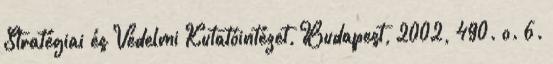
Stratégiai és Védelmi Kutatóintézet, Budapest, 2002, 490. o. 6.